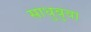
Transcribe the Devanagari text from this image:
साधुबुवा